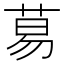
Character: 䓪